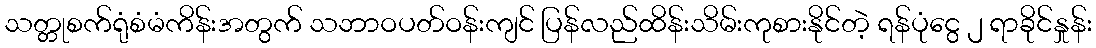
သတ္တုစက်ရုံစံမံကိန်းအတွက် သဘာဝပတ်ဝန်းကျင် ပြန်လည်ထိန်းသိမ်းကုစားနိုင်တဲ့ ရန်ပုံငွေ ၂ ရာခိုင်နှုန်း